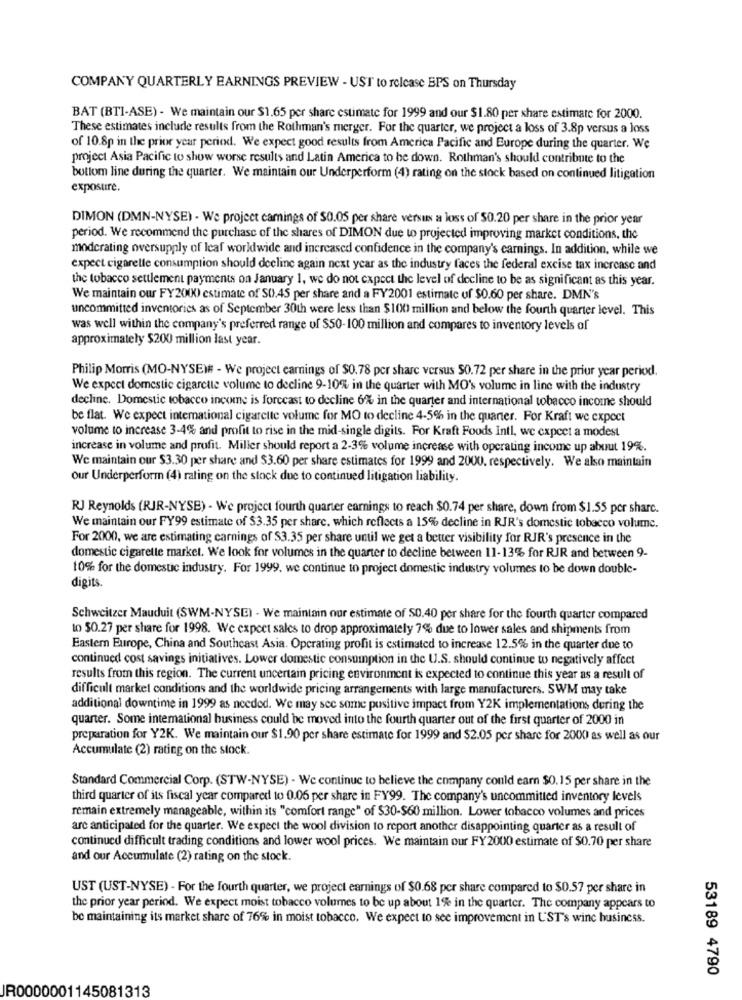
COMPANY QUARTERLY EARNINGS PREVIEW - USI to rolcase BPS on Thursday
BAT (BTI-ASE) - We maintain our $1.65 per share estimate for 1999 and our $1.80 per share estimate for 2000.
These estimates include results from the Rothman's merger. For the quarter, we project a loss of 3.8p versus a loss
of 10.8p in the prior year period. We expect good results from America Pacific and Europe during the quarter. We
project Asia Pacific to show worse results and Latin America to be down. Rothman's should contribute to the
bottom line during the quarter. We maintain our Underperform (4) rating on the stock based on continued litigation
exposure.
DIMON (DMN-NYSE) - We project camings of $0.05 per share versus a loss of $0.20 per share in the prior year
period. We recommend the purchase of the shares of DIMON due to projected improving market conditions, the
moderating oversupply of leaf worldwide and increased confidence in the company's earnings. In addition, while we
expect cigarette consumption should decline again next year as the industry faces the federal excise tax increase and
the tobacco settlement payments on January 1, we do not expect the level of decline to be as significant as this year.
We maintain our FY2000) estimate of S0.45 per share and a FY2001 estimate of $0.60 per share. DMN's
uncommitted inventories as of September 30th were less than $100 million and below the fourth quarter level. This
was well within the company's preferred range of $50-100 million and compares to inventory levels of
approximately $200 million last year.
Philip Morris (MO-NYSE)# - We project earnings of $0.78 per share versus $0.72 per share in the priur year period.
We expect domestic cigarette volume to decline 9-10% in the quarter with MO's volume in line with the industry
decline. Domestic tobacco income is forecast to decline 6% in the quarter and international tobacco income should
be flat. We expect international cigarette volume for MO to decline 4-5% in the quarter. For Kraft we expect
volume to increase 3-4% and profit to rise in the mid-single digits. For Kraft Foods Intl, we expect a modest
increase in volume and profit. Miller should report a 2-3% volume increase with operating income up about 19%.
We maintain our $3.30 per share and $3.60 per share estimates for 1999 and 2000, respectively. We also maintain
Our Underperform (4) rating on the stock due to continued litigation liability.
RJ Reynolds (RJR-NYSE) - We project fourth quarter earnings to reach $0.74 per share, down from $1.55 por sharc.
We maintain our FY99 estimate of $3.35 per share, which reflects a 15% decline in RJR's domestic tobacco volume.
For 2000, we are estimating carnings of $3.35 per share until we get a better visibility for RJR's presence in the
domestic cigarette market. We look for volumes in the quarter to decline between 11-13% for RJR and between 9-
10% for the domestic industry. For 1999, we continue to project domestic industry volumes to be down double-
digits.
Schweitzer Mauduit (SWM-NYSE) - We maintain our estimate of $0.40 per share for the fourth quarter compared
to $0.27 per share for 1998. We expect sales to drop approximately 7%% due to lower sales and shipments from
Eastern Europe, China and Southeast Asia. Operating profit is estimated to increase 12.5% in the quarter due to
continued cost savings initiatives. Lower domestic consumption in the U.S. should continue to negatively affect
results from this region. The current uncertain pricing environment is expected to continue this year as a result of
difficult markel conditions and the worldwide pricing arrangements with large manufacturers. SWM may take
additional downtime in 1999 as needed. We may see some positive impact from Y2K implementations during the
quarter. Some international business could be moved into the fourth quarter out of the first quarter of 2000 in
preparation for Y2K. We maintain our $1.90 per share estimate for 1999 and $2.05 per share for 2000 as well as our
Accumulate (2) rating on the stock.
Standard Commercial Corp. (STW-NYSE) - We continue to believe the company could earn $0. 15 per share in the
third quarter of its fiscal year compared to 0.06 per share in FY99. The company's uncommitted inventory levels
remain extremely manageable, within its "comfort range" of $30-$60 million. Lower tobacco volumes and prices
are anticipated for the quarter. We expect the wool division to report another disappointing quarter as a result of
continued difficult trading conditions and lower wool prices. We maintain our FY2000 estimate of $0.70 per share
and our Accumulate (2) rating on the stock.
UST (UST-NYSE) - For the fourth quarter, we project earnings of $0.68 per share compared to $0.57 per share in
the prior year period. We expect moist tobacco volumes to be up about 1% in the quarter. The company appears to
be maintaining its market share of 76% in moist tobacco. We expect to see improvement in UST's winc business.
53189 4790
IR0000001145081313